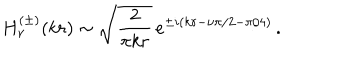
LaTeX: H _ { \nu } ^ { ( \pm ) } ( k r ) \sim \sqrt { \frac { 2 } { \pi k r } } \, e ^ { \pm i ( k r - \nu \pi / 2 - \pi / 4 ) } \, .